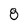
Character: 8